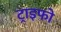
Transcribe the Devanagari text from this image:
ट्राइफो